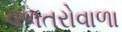
વળતરોવાળા